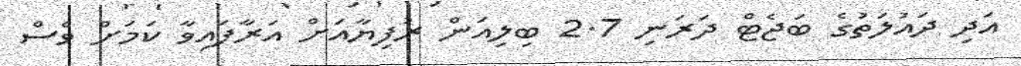
އަދި ދައުލަތުގެ ބަޖެޓް ދަރަނި 2.7 ބިލިއަން ރުފިޔާއަށް އަރާފައިވާ ކަމަށް ވެސް